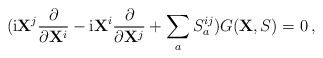
\begin{align*}({\rm i}{\bf X}^j\frac{\partial}{\partial {\bf X}^i}-{\rm i}{\bf X}^i\frac{\partial}{\partial {\bf X}^j}+\sum_a S_a^{ij})G({\bf X},S)=0\,,\end{align*}